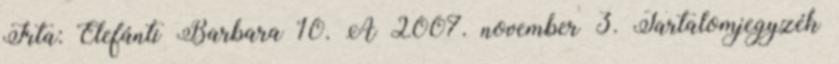
Írta: Elefánti Barbara 10. A 2007. november 3. Tartalomjegyzék